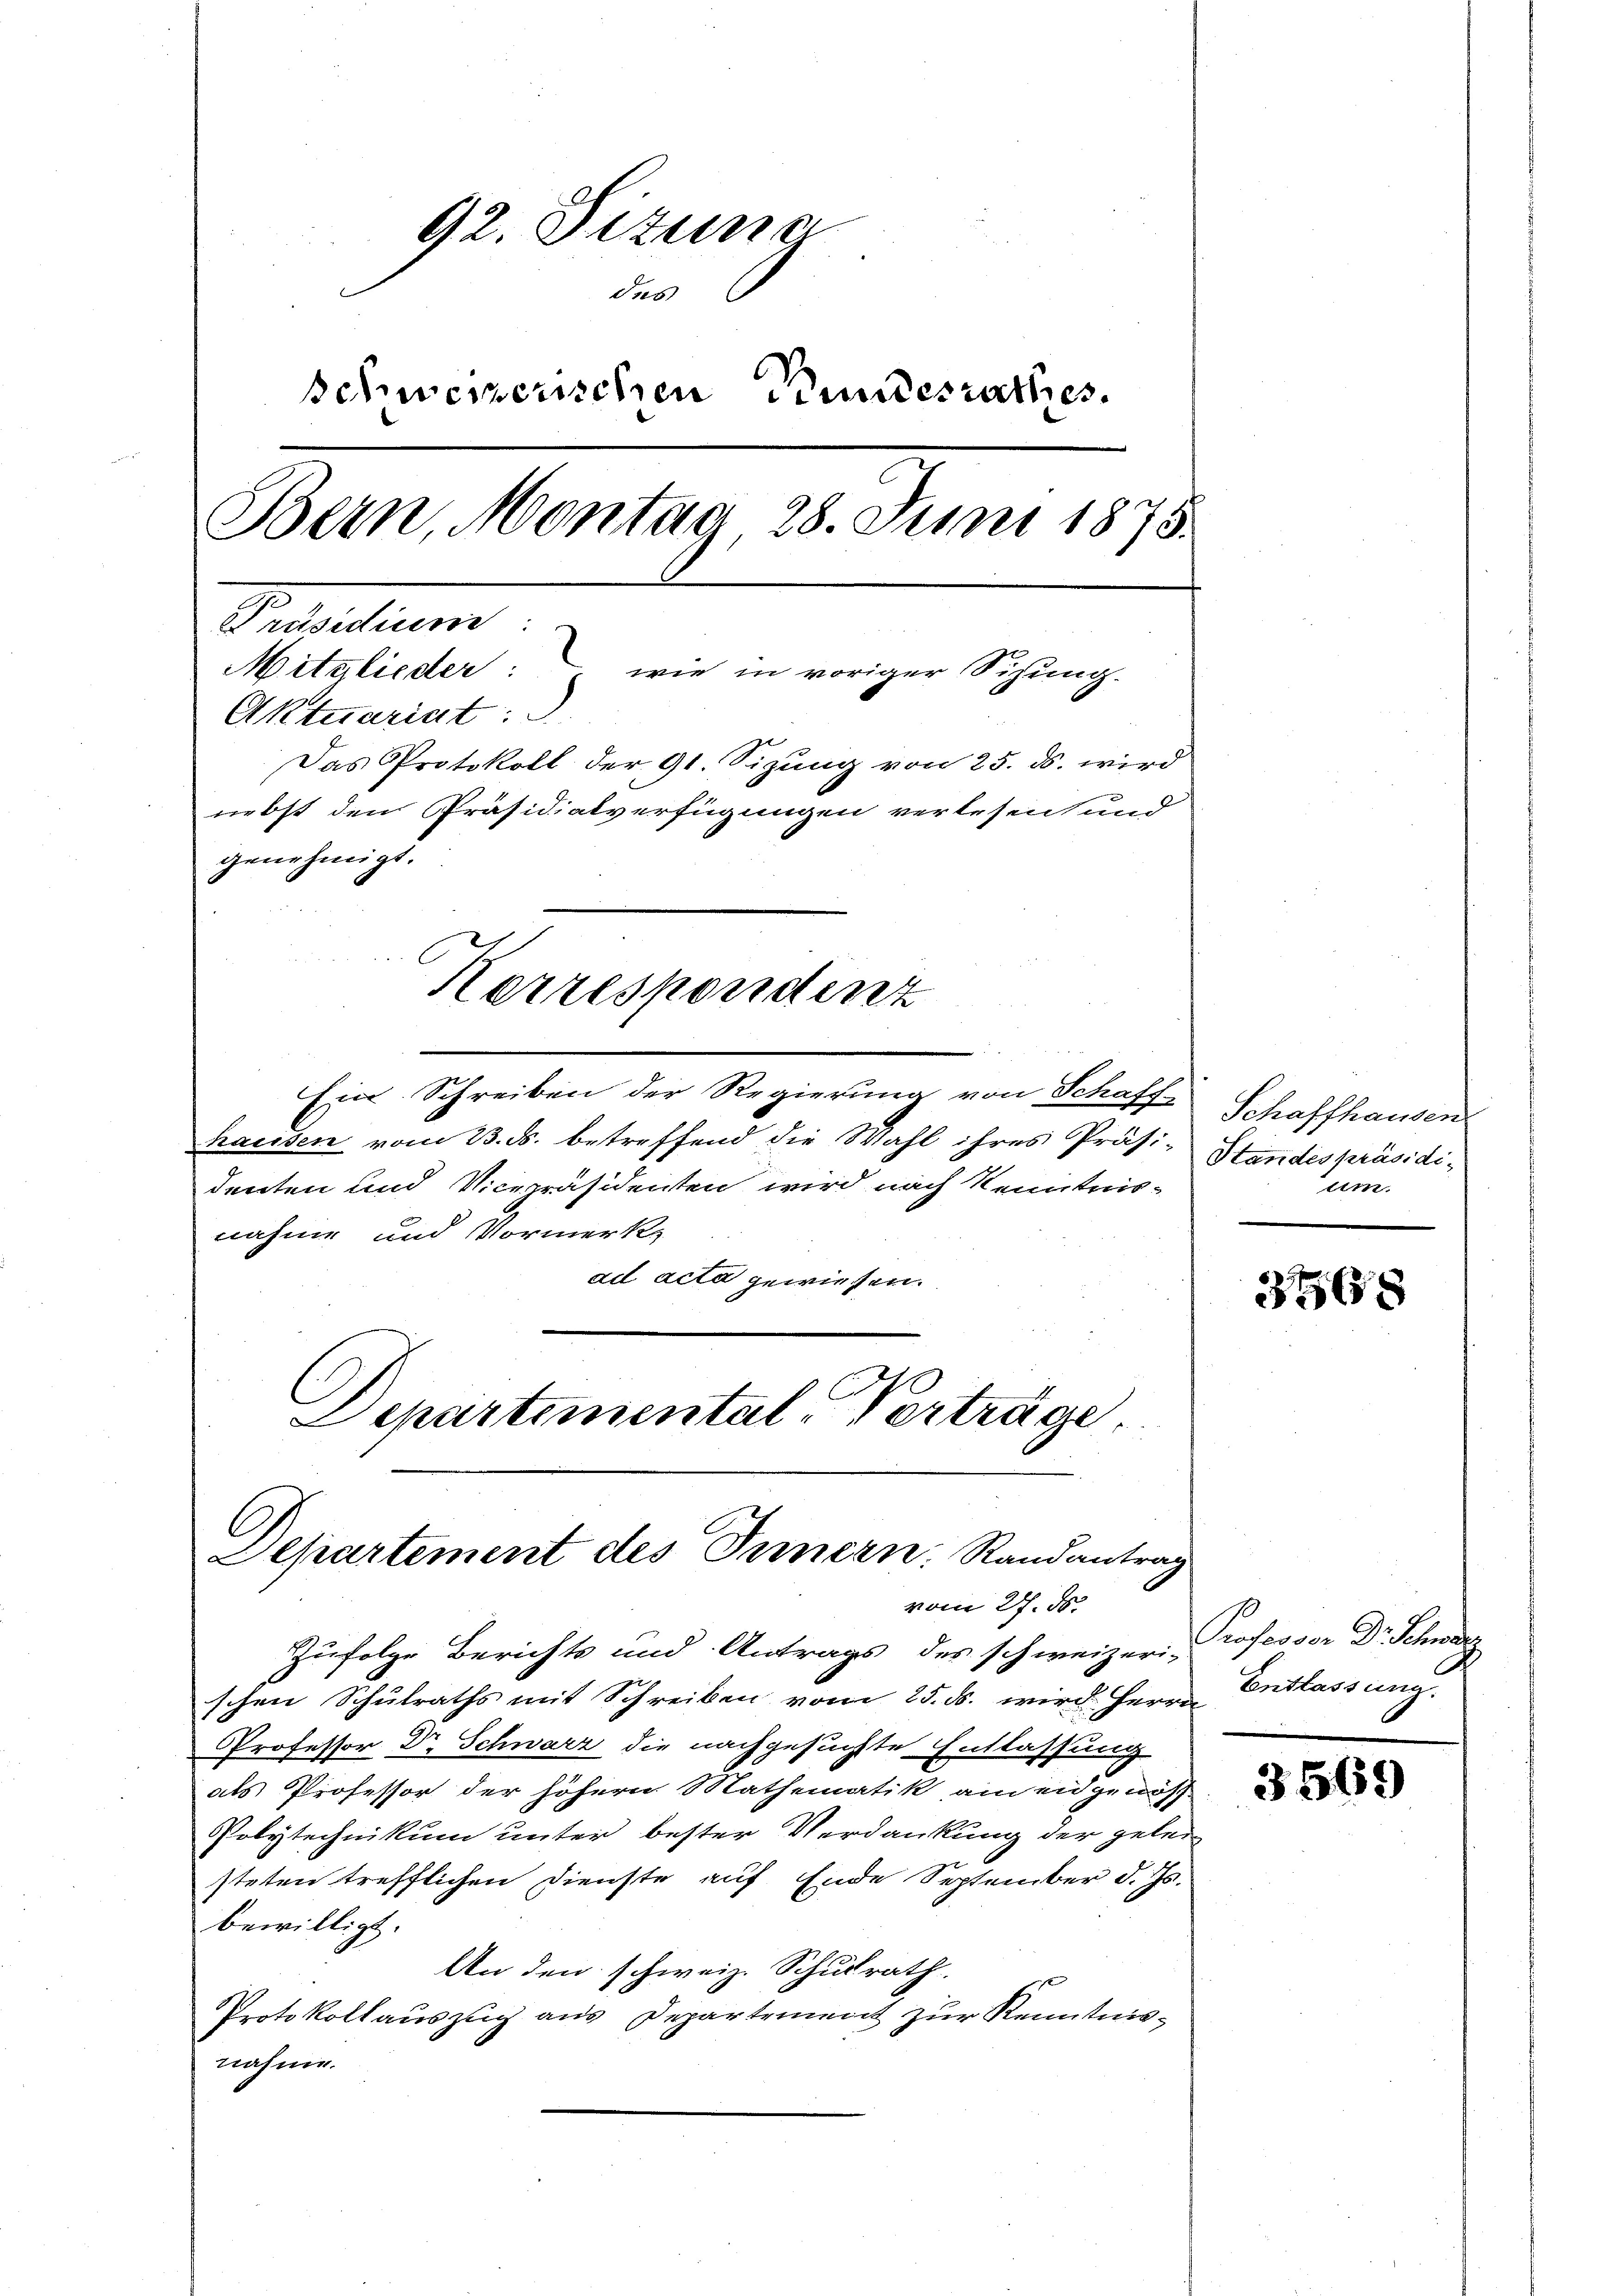
92. Sitzung
dees
schweizerischen Bundesrathes
Bern, Montag 28. Juni 1875.
Pedelun
Mitglieder: wie in voriger Sitzung.
Aktuariat: 3.
Das Protokoll der 91. Sizung von 25. ds. wird
nebst den Präsidialverfügungen verlesen und
genehmigt.
Korrespondenz

Ein Schreiben der Regierung von Schaff-
hausen vom 23. ds. betreffend die Wahl ihres Präsi-Standespräsidi-
denten und Vicepräsidenten wird nach Kenntnis-
nahme und Vormerk
ad acta gewiesen.
Departemental-Verträge

C
Separtement des Innern Randantrag
vom 27. d.

Zufolge Berichts und Antrags des schweizeri-
schen Schulraths mit Schreiben vom 25. ds. wird Herrn
Professor Dr Schwarz die nachgesuchte Entlassung
als Professor der höhern Mathematik am eidgenöß
Polytechnikum unter bester Verdankung der gelei
steten trefflichen Dienste auf Ende September d. Js.
bewilligt.
An den schweiz. Schulrath

Protokollauszug aus Departement zur Kenntnisnahme.

Serasserman
lem.

3768

Professor Dr Schwarz
Entlassung.

3569